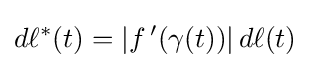
d\ell ^{*}(t)=|f\,'(\gamma (t))|\,d\ell (t)